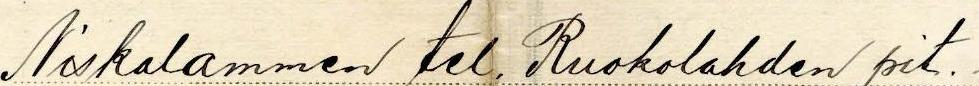
Niskalammen tel. Ruokolahden pit.